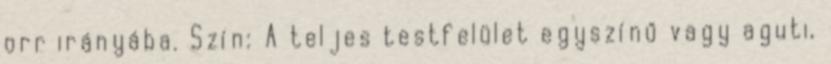
orr irányába. Szín: A teljes testfelület egyszínű vagy aguti,